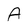
Character: A